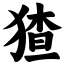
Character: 猹